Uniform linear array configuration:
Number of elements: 32
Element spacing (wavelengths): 1
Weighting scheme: exponential
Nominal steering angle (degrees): -60
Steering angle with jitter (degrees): -59.591
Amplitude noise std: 0.05
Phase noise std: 0.05

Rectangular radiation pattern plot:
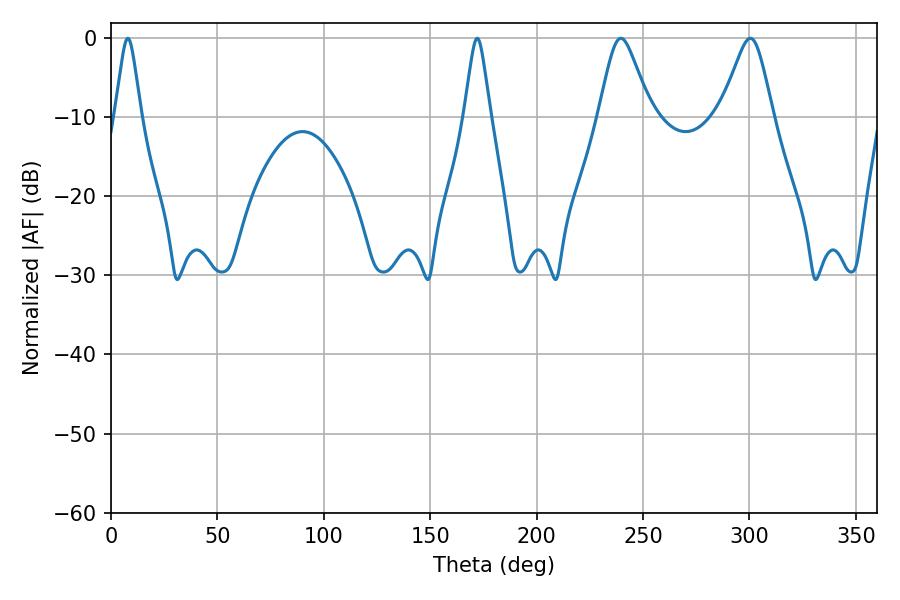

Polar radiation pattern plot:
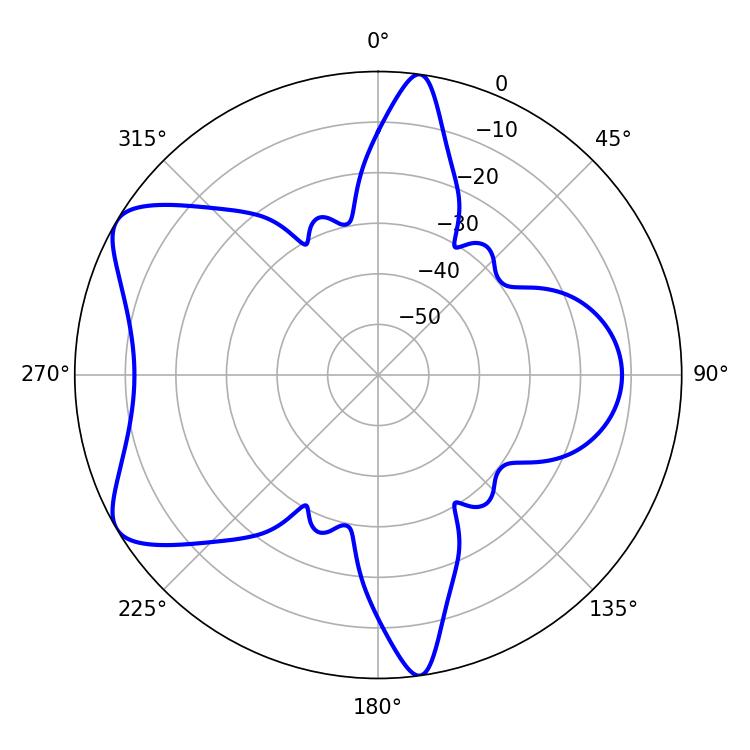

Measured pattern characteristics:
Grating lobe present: TRUE
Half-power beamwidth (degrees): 11.52
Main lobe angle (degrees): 239.58